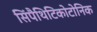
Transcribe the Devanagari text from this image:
सिंपैथिटिकोटोनिक